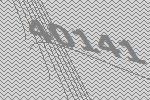
40141